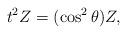
LaTeX: \begin{align*}t^2 Z= ({\cos}^2\,\theta)Z,\end{align*}